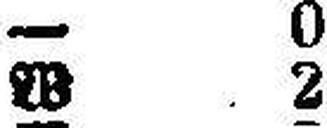
W 2